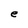
Character: e